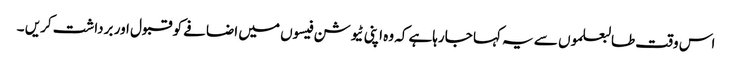
اس وقت طالبعلموں سے یہ کہا جارہاہے کہ وہ اپنی ٹیوشن فیسوں میں اضافے کو قبول اور برداشت کریں ۔